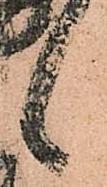
候